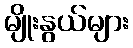
မျိုးနွယ်များ